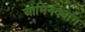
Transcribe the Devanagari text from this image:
ओमिनक्यांग